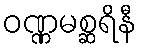
ဝဏ္ဏမစ္ဆရိနီ